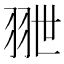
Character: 𦐕